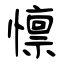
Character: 懔